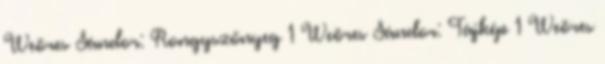
Weöres Sándor: Rongyszőnyeg 1 Weöres Sándor: Tájkép 1 Weöres